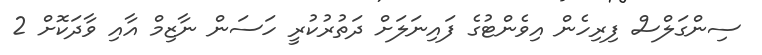
ސިންގަލްސް ފިރިހެން އިވެންޓުގެ ފައިނަލަށް ދަތުރުކުރީ ހަސަން ނާޒިމް އާއި ވާދަކޮށް 2